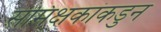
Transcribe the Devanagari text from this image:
समिक्षकांकडुन